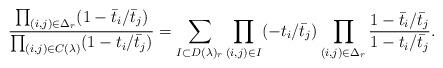
LaTeX: \begin{align*}\frac{\prod_{(i,j) \in \Delta_r} (1- \bar t_i/\bar t_j)}{\prod_{(i,j) \in C(\lambda)} (1- t_i/\bar t_j)} =\sum_{I\subset D(\lambda)_r} \prod_{(i,j)\in I}(-t_i/\bar t_j) \prod_{(i,j)\in \Delta_r} \frac{1- \bar t_i/\bar t_j}{1- t_i/\bar t_j}.\end{align*}